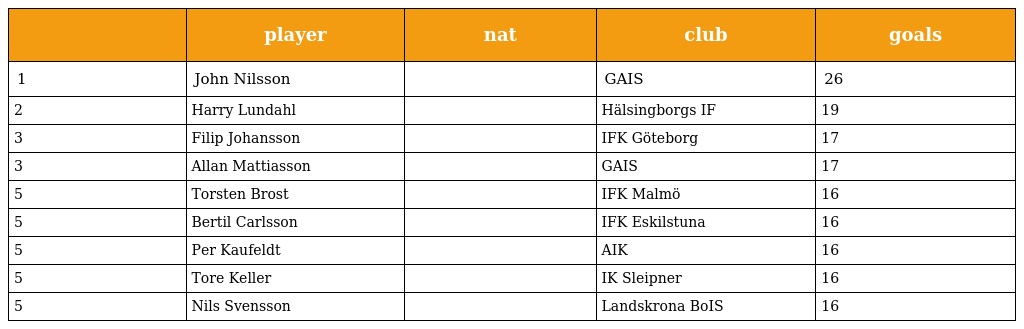
|  | player | nat | club | goals |
 | --- | --- | --- | --- | --- |
 | 1 | John Nilsson |  | GAIS | 26 |
 | 2 | Harry Lundahl |  | Hälsingborgs IF | 19 |
 | 3 | Filip Johansson |  | IFK Göteborg | 17 |
 | 3 | Allan Mattiasson |  | GAIS | 17 |
 | 5 | Torsten Brost |  | IFK Malmö | 16 |
 | 5 | Bertil Carlsson |  | IFK Eskilstuna | 16 |
 | 5 | Per Kaufeldt |  | AIK | 16 |
 | 5 | Tore Keller |  | IK Sleipner | 16 |
 | 5 | Nils Svensson |  | Landskrona BoIS | 16 |